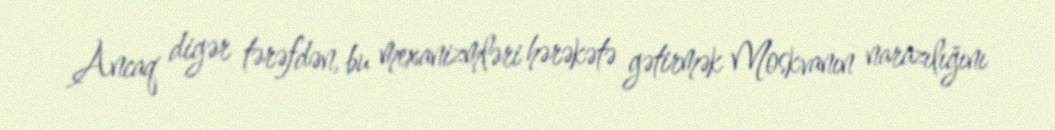
Ancaq digər tərəfdən, bu mexanizmləri hərəkətə gətirmək Moskvanın narazılığını